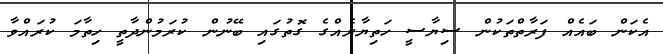
އެކަން ބައެއް ފަރާތްތަކުން ސިޔާސީ ހަތިޔާރެއްގެ ގޮތުގައި ބޭނުން ކުރަމުންދާތީ ހިތާމަ ކުރައްވާ